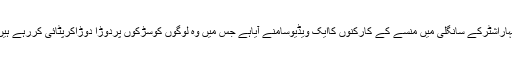
مہاراشٹرکے سانگلی میں منسے کے کارکنوں کاایک ویڈیوسامنے آیاہے جس میں وہ لوگوں کوسڑکوں پردوڑا دوڑاکرپٹائی کررہے ہیں۔